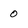
Character: 0